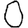
Digit: 0